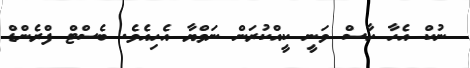
ނުކް އެހާ ހާސް ވަނީ ކީއްކުރަން ނަވްޔާ އެހިއެވެ. ބެސްޓް ފްރެންޑް